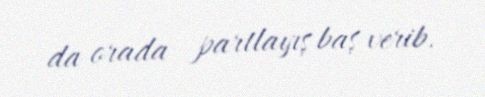
da orada partlayış baş verib.